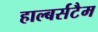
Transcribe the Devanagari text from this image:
हाल्बर्सटैम